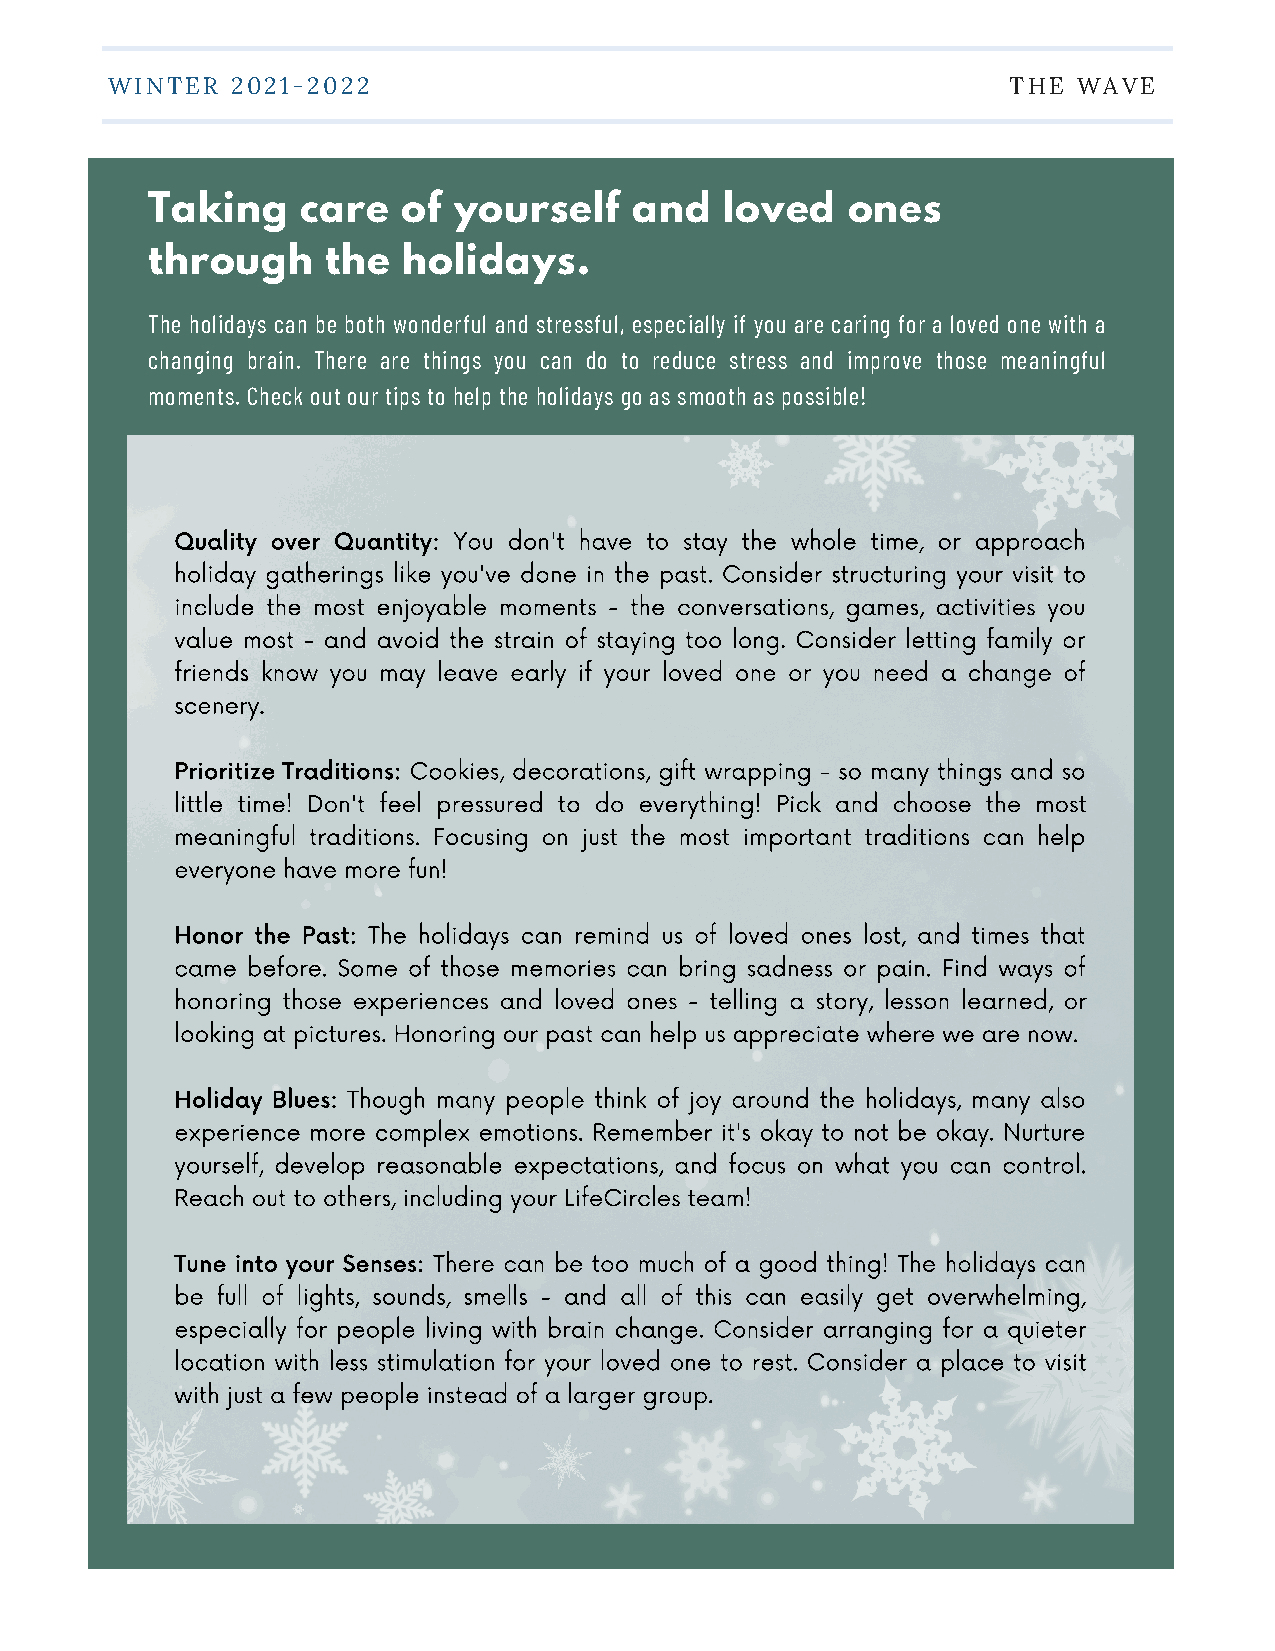
WINTER  2021-2022                                           THE WAVE
 Taking    care   of yourself    and   loved   ones
 through     the  holidays.
 The holidays can be both wonderful and stressful, especially if you are caring for a loved one with a
 changing brain. There are things you can do to reduce stress and improve those meaningful
 moments. Check out our tips to help the holidays go as smooth as possible!
 Quality over Quantity: You don't have to stay the whole time, or approach
 holiday gatherings like you've done in the past. Consider structuring your visit to
 include the most enjoyable moments - the conversations, games, activities you
 value most - and avoid the strain of staying too long. Consider letting family or
 friends know you may leave early if your loved one or you need a change of
 scenery.
 Prioritize Traditions: Cookies, decorations, gift wrapping - so many things and so
 little time! Don't feel pressured to do everything! Pick and choose the most
 meaningful traditions. Focusing on just the most important traditions can help
 everyone have more fun!
 Honor the Past: The holidays can remind us of loved ones lost, and times that
 came before. Some of those memories can bring sadness or pain. Find ways of
 honoring those experiences and loved ones - telling a story, lesson learned, or
 looking at pictures. Honoring our past can help us appreciate where we are now.
 Holiday Blues: Though many people think of joy around the holidays, many also
 experience more complex emotions. Remember it's okay to not be okay. Nurture
 yourself, develop reasonable expectations, and focus on what you can control.
 Reach out to others, including your LifeCircles team!
 Tune into your Senses: There can be too much of a good thing! The holidays can
 be full of lights, sounds, smells - and all of this can easily get overwhelming,
 especially for people living with brain change. Consider arranging for a quieter
 location with less stimulation for your loved one to rest. Consider a place to visit
 with just a few people instead of a larger group.